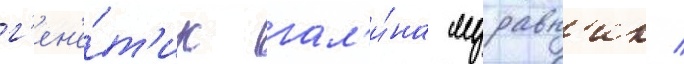
г'ен'е́т'ик гал'и́на муравн'ик /